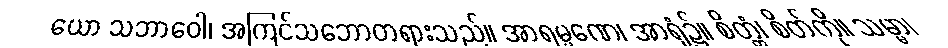
ယော သဘာဝေါ၊ အကြင်သဘောတရားသည်။ အာရမ္မဏေ၊ အာရုံ၌။ စိတ္တံ၊ စိတ်ကို။ သမ္မာ၊